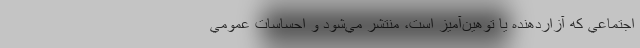
اجتماعي كه آزاردهنده يا توهين‌آميز است، منتشر مي‌شود و احساسات عمومي